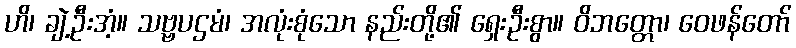
ဟိ၊ ချဲ့ဦးအံ့။ သဗ္ဗပဌမံ၊ အလုံးစုံသော နည်းတို့၏ ရှေးဦးစွာ။ ဝိဘတ္တော၊ ဝေဖန်တော်